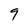
Character: 9